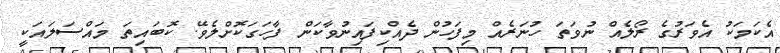
އެކަމަކު އެވަރުގެ ރޯލެއް ނުވަތަ ހުނަރެއް މިފަހުން ދެއްކިފައިނުވާކަން ފާހަގަކޮށްލެވޭ. ކޮބައިތަ މައްސަލައަކީ